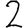
Digit: 2